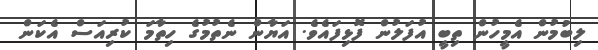
ލިބުމުން އެމީހުން ތިބީ އުފަލުން ފޮޅިފައެވެ. އަޔާން ނެތުމުގެ ހިތާމަ ކުރިއަސް އެކަން